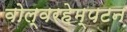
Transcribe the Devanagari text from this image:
वोल्वरहेम्पटन